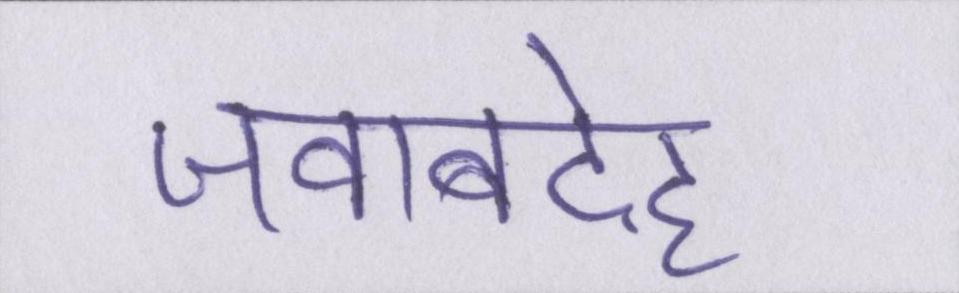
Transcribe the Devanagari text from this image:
जवाबदेह